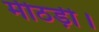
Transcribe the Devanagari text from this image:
मीठड़ी।